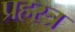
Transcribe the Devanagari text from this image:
प्रहस्त्र